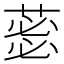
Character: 𮐜